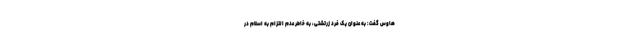
هاوس گفت: به عنوان یک فرد زرتشتی، به خاطر عدم التزام به اسلام در